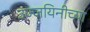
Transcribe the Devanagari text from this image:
उज्जयिनीच्या